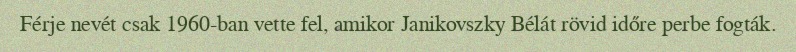
Férje nevét csak 1960-ban vette fel, amikor Janikovszky Bélát rövid időre perbe fogták.